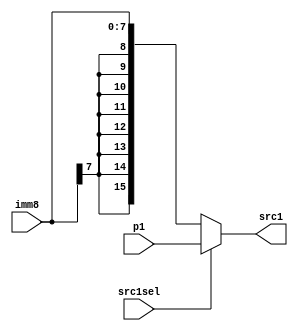
// SRC_MUX and Sign Extend Logic
// CS/ECE 552, Spring 2014

module src_mux(src1, src1sel, p1, imm8);

	// Inputs
	input [15:0] p1;
	input [7:0] imm8;
	input src1sel;
	
	// Outputs
	output [15:0] src1;
	
	assign src1 = (src1sel)	?	p1:
								({{8{imm8[7]}}, imm8});
		
endmodule